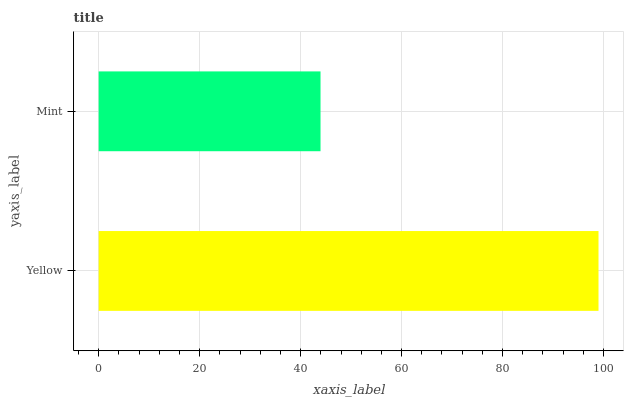
| yaxis_label | bars |
 | --- | --- |
 | Yellow | 99 |
 | Mint | 43.9 |